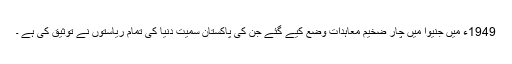
1949ء میں جنیوا میں چار ضخیم معاہدات وضع کیے گئے جن کی پاکستان سمیت دنیا کی تمام ریاستوں نے توثیق کی ہے ۔